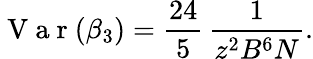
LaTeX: \mathrm{~V~a~r~}(\beta_{3})=\frac{24}{5}\, \frac{1}{z^{2}B^{6}N}.